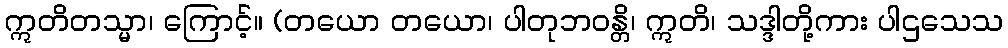
ဣတိတသ္မာ၊ ကြောင့်။ (တယော တယော၊ ပါတုဘဝန္တိ၊ ဣတိ၊ သဒ္ဒါတို့ကား ပါဌသေသ